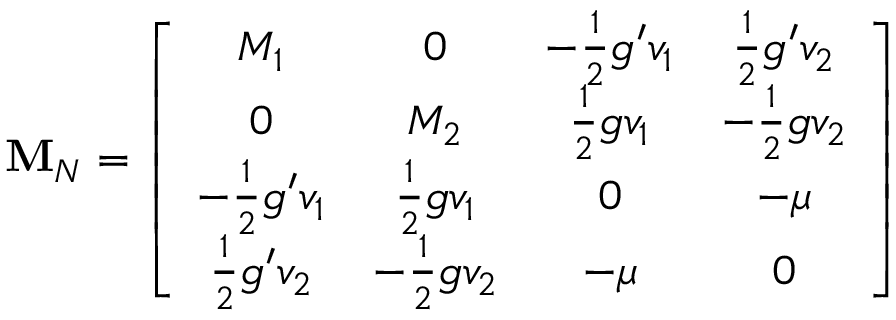
{ \mathbf M } _ { N } = \left[ \begin{array} { c c c c } { { M _ { 1 } } } & { { 0 } } & { { - \frac 1 2 g ^ { \prime } v _ { 1 } } } & { { \frac 1 2 g ^ { \prime } v _ { 2 } } } \\ { { 0 } } & { { M _ { 2 } } } & { { \frac 1 2 g v _ { 1 } } } & { { - \frac 1 2 g v _ { 2 } } } \\ { { - \frac 1 2 g ^ { \prime } v _ { 1 } } } & { { \frac 1 2 g v _ { 1 } } } & { { 0 } } & { { - \mu } } \\ { { \frac 1 2 g ^ { \prime } v _ { 2 } } } & { { - \frac 1 2 g v _ { 2 } } } & { { - \mu } } & { { 0 } } \end{array} \right]